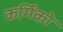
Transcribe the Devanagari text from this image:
कर्मिको